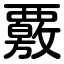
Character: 覈